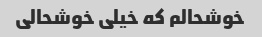
خوشحالم که خیلی خوشحالی